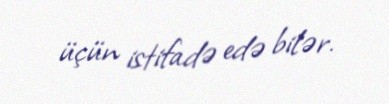
üçün istifadə edə bilər.